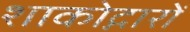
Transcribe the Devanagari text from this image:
शाकोद्गारों